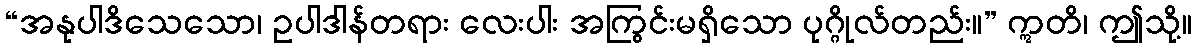
“အနုပါဒိသေသော၊ ဥပါဒါန်တရား လေးပါး အကြွင်းမရှိသော ပုဂ္ဂိုလ်တည်း။” ဣတိ၊ ဤသို့။